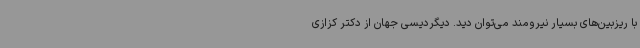
با ریز‌بین‌های بسیار نیرومند می‌توان دید. دیگردیسی جهان از دکتر کزازی